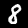
Digit: 8